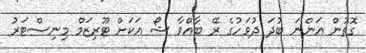
ގޮތުން އަންނަ ބުދަ ދުވަހުގެ ރޭ ބާއްވާ ޝޯ އަކަށް ޓޫރިޒަމް މިނިސްޓަރު